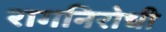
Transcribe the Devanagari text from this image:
रागनिरोधी